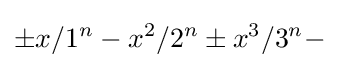
\pm x/1^{n}-x^{2}/2^{n}\pm x^{3}/3^{n}-